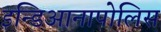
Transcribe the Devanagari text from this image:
इन्डिआनापोलिस